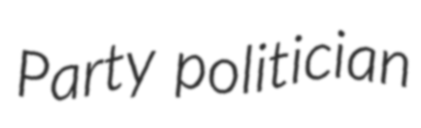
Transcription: Party politician